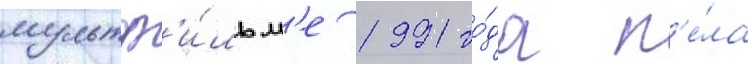
мультф'и́льм'е 1991 го́да п'е́ла